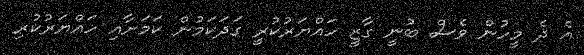
އެ ދެ މީހުން ވެސް ބުނީ ގާޒީ ހައްޔަރުކުރީ ގަދަކަމުން ކަމަށާއި ހައްޔަރުކުރި